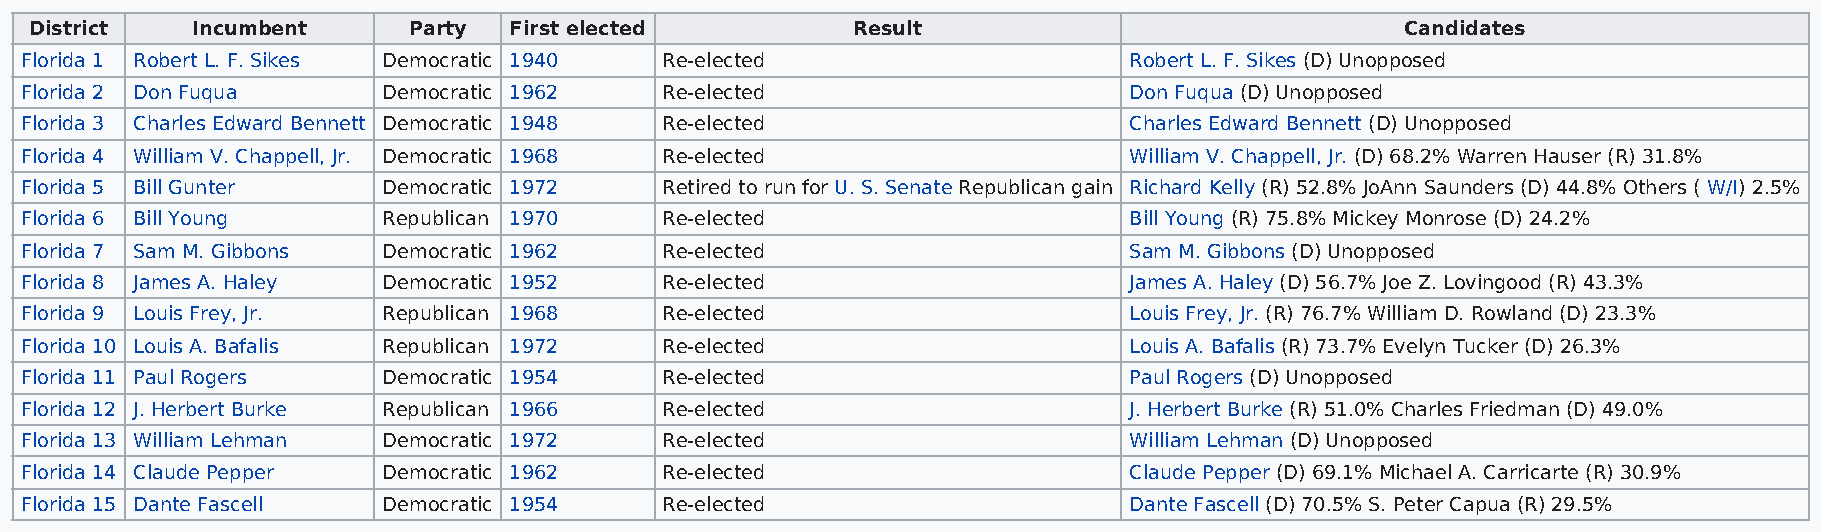
District   Incumbent     Party  First elected         Result                               Candidates
 Florida 1 Robert L. F. Sikes Democratic 1940 Re-elected                   Robert L. F. Sikes (D) Unopposed
 Florida 2 Don Fuqua     Democratic 1962    Re-elected                     Don Fuqua (D) Unopposed
 Florida 3 Charles Edward Bennett Democratic 1948 Re-elected               Charles Edward Bennett (D) Unopposed
 Florida 4 William V. Chappell, Jr. Democratic 1968 Re-elected             William V. Chappell, Jr. (D) 68.2% Warren Hauser (R) 31.8%
 Florida 5 Bill Gunter   Democratic 1972    Retired to run for U. S. Senate Republican gain Richard Kelly (R) 52.8% JoAnn Saunders (D) 44.8% Others ( W/I) 2.5%
 Florida 6 Bill Young    Republican 1970    Re-elected                     Bill Young (R) 75.8% Mickey Monrose (D) 24.2%
 Florida 7 Sam M. Gibbons Democratic 1962   Re-elected                     Sam M. Gibbons (D) Unopposed
 Florida 8 James A. Haley Democratic 1952   Re-elected                     James A. Haley (D) 56.7% Joe Z. Lovingood (R) 43.3%
 Florida 9 Louis Frey, Jr. Republican 1968  Re-elected                     Louis Frey, Jr. (R) 76.7% William D. Rowland (D) 23.3%
 Florida 10 Louis A. Bafalis Republican 1972 Re-elected                    Louis A. Bafalis (R) 73.7% Evelyn Tucker (D) 26.3%
 Florida 11 Paul Rogers  Democratic 1954    Re-elected                     Paul Rogers (D) Unopposed
 Florida 12 J. Herbert Burke Republican 1966 Re-elected                    J. Herbert Burke (R) 51.0% Charles Friedman (D) 49.0%
 Florida 13 William Lehman Democratic 1972  Re-elected                     William Lehman (D) Unopposed
 Florida 14 Claude Pepper Democratic 1962   Re-elected                     Claude Pepper (D) 69.1% Michael A. Carricarte (R) 30.9%
 Florida 15 Dante Fascell Democratic 1954   Re-elected                     Dante Fascell (D) 70.5% S. Peter Capua (R) 29.5%